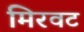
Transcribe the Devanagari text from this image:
मिरवट